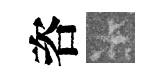
咨卡